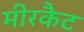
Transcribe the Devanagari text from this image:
मीरकैट